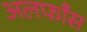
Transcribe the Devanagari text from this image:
अलफाँस